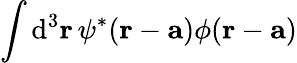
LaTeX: \int\mathrm{d}^{3}\mathbf{{r}}\, \psi^{*}(\mathbf{{r}}-\mathbf{{a}})\phi(\mathbf{{r}}-\mathbf{{a}})